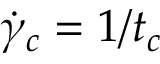
\dot { \gamma } _ { c } = 1 / t _ { c }